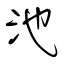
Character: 池